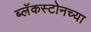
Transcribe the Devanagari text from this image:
ब्लॅकस्टोनच्या